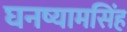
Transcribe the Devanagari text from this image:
घनष्यामसिंह